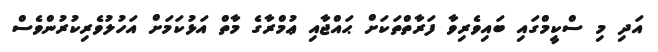
އަދި މި ސްކީމްގައި ބައިވެރިވާ ފަރާތްތަކަށް ޙައްޖާއި ޢުމްރާގެ މާތް އަޅުކަމަށް އަހުލުވެރިކުރުންވެސް